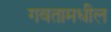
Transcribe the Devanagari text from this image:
गवतामधील